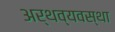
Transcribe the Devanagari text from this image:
अर्थव्यवस्‍था